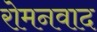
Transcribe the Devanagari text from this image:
रोमनवाद